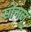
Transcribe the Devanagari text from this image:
सोनालू